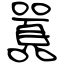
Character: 囂